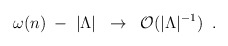
\begin{align*}\omega (n) \; - \; |\Lambda | \;\; \to \;\; {\cal O} (|\Lambda |^{-1}) \;\;.\end{align*}